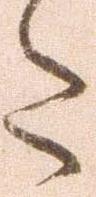
た